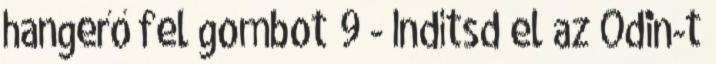
hangerő fel gombot 9 - Indítsd el az Odin-t